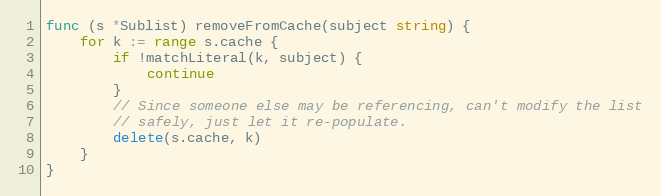
Language: Go
func (s *Sublist) removeFromCache(subject string) {
	for k := range s.cache {
		if !matchLiteral(k, subject) {
			continue
		}
		// Since someone else may be referencing, can't modify the list
		// safely, just let it re-populate.
		delete(s.cache, k)
	}
}